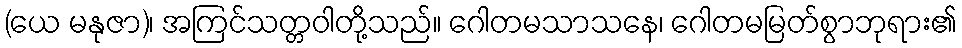
(ယေ မနုဇာ)၊ အကြင်သတ္တဝါတို့သည်။ ဂေါတမသာသနေ၊ ဂေါတမမြတ်စွာဘုရား၏